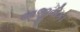
આજીવીકા